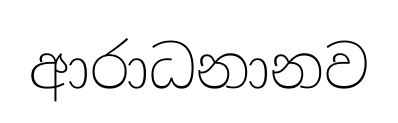
ආරාධනානව